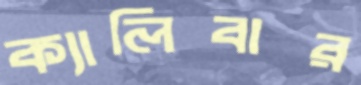
ক্যালিবার